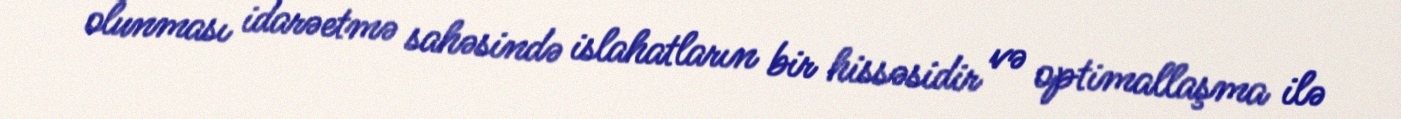
olunması idarəetmə sahəsində islahatların bir hissəsidir və optimallaşma ilə